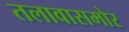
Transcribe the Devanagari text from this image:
तलावासमोर